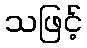
သဖြင့်